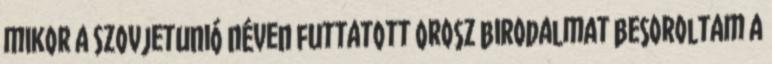
mikor a Szovjetunió néven futtatott Orosz birodalmat besoroltam a